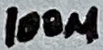
Text: 100µ